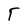
Character: T